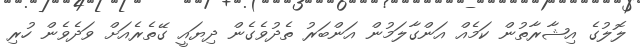
ލޮލުގެ އިޝާރާތުން ކަމެއް އަންގާލަމުން އަންބަރު ތެދުވެގެން ދިޔައީ ގޭތެރެއަށް ވަދެވެން ހުރި